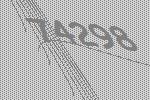
74298